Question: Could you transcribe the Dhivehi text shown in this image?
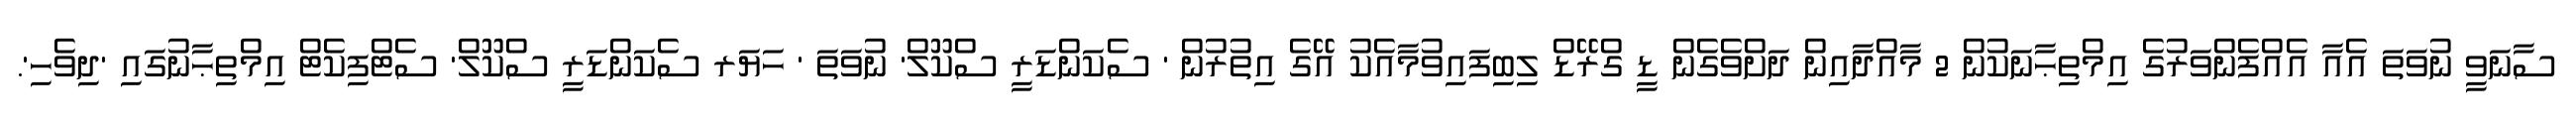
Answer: ސާނަވީ ނުވަތަ އެއާ އެއްފެންވަރުގެ އިމްތިޙާނަކުން 2 މާއްދާއިން ދަށްވެގެން ޑީ ގްރޭޑް ލިބިފައިވުމާއެކު އޭގެ އިތުރުން ' ސެކަންޑަރީ ސްކޫލް' ނުވަތަ ' ހަޔަރ ސެކަންޑަރީ ސްކޫލް' ސެޓްފިކެޓް އިމްތިޙާނުގައި 'ދިވެހި'.